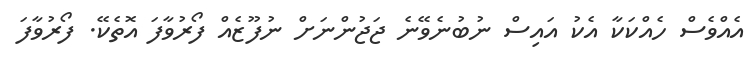
އެއްވެސް ހެއްކަކާ އެކު އައިސް ނުބުނެވޭނެ ޖަޖުންނަށް ނުފޫޒެއް ފޯރުވާފަ އޮތެކޭ. ފޯރުވާފަ